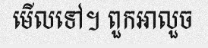
មើលទៅ។ ពួកអាលួច